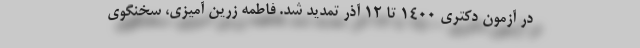
در آزمون دکتری ۱۴۰۰ تا ۱۲ آذر تمدید شد. فاطمه زرین آمیزی، سخنگوی